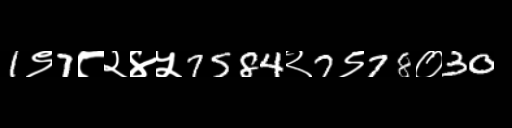
Text: 1९7८२४५7584२7९78०30